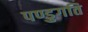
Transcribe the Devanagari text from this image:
पण्डुगति